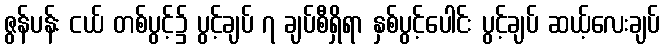
ဇွန်ပန်း ငယ် တစ်ပွင့်၌ ပွင့်ချပ် ၇ ချပ်စီရှိရာ နှစ်ပွင့်ပေါင်း ပွင့်ချပ် ဆယ့်လေးချပ်